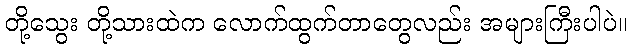
တို့သွေး တို့သားထဲက လောက်ထွက်တာတွေလည်း အများကြီးပါပဲ။